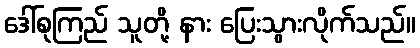
ဒေါ်စုကြည် သူတို့ နား ပြေးသွားလိုက်သည်။